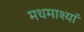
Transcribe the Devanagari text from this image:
मधमाश्यां